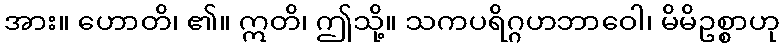
အား။ ဟောတိ၊ ၏။ ဣတိ၊ ဤသို့။ သကပရိဂ္ဂဟဘာဝေါ၊ မိမိဥစ္စာဟု